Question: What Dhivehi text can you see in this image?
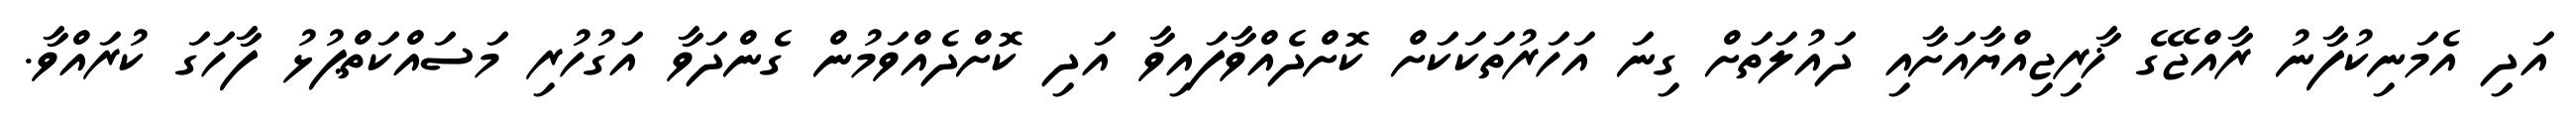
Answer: އަދި އެމަނިކުފާނު ރާއްޖޭގެ ޚާރިޖިއްޔާއަށާއި ދައުލަތަށް ގިނަ އަހަރުތަކަކަށް ކޮށްދެއްވާފައިވާ އަދި ކޮށްދެއްވަމުން ގެންދަވާ އަގުހުރި މަސައްކަތްޕުޅު ފާހަގަ ކުރައްވާ.